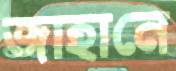
জাহানে